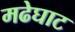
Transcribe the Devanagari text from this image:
मढेघाट